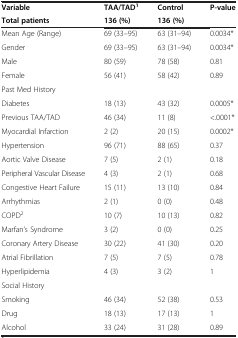
<table><thead><tr><td><b>Variable</b></td><td><b>TAA/TAD<sup>1</sup></b></td><td><b>Control</b></td><td><b>P-value</b></td></tr><tr><td><b>Total patients</b></td><td><b>136 (%)</b></td><td><b>136 (%)</b></td><td><b> </b></td></tr></thead><tbody><tr><td>Mean Age (Range)</td><td>69 (33–95)</td><td>63 (31–94)</td><td>0.0034*</td></tr><tr><td>Gender</td><td>69 (33–95)</td><td>63 (31–94)</td><td>0.0034*</td></tr><tr><td>Male</td><td>80 (59)</td><td>78 (58)</td><td>0.81</td></tr><tr><td>Female</td><td>56 (41)</td><td>58 (42)</td><td>0.89</td></tr><tr><td>Past Med History</td><td> </td><td> </td><td> </td></tr><tr><td>Diabetes</td><td>18 (13)</td><td>43 (32)</td><td>0.0005*</td></tr><tr><td>Previous TAA/TAD</td><td>46 (34)</td><td>11 (8)</td><td>&lt;.0001*</td></tr><tr><td>Myocardial Infarction</td><td>2 (2)</td><td>20 (15)</td><td>0.0002*</td></tr><tr><td>Hypertension</td><td>96 (71)</td><td>88 (65)</td><td>0.37</td></tr><tr><td>Aortic Valve Disease</td><td>7 (5)</td><td>2 (1)</td><td>0.18</td></tr><tr><td>Peripheral Vascular Disease</td><td>4 (3)</td><td>2 (1)</td><td>0.68</td></tr><tr><td>Congestive Heart Failure</td><td>15 (11)</td><td>13 (10)</td><td>0.84</td></tr><tr><td>Arrhythmias</td><td>2 (1)</td><td>0 (0)</td><td>0.48</td></tr><tr><td>COPD<sup>2</sup></td><td>10 (7)</td><td>10 (13)</td><td>0.82</td></tr><tr><td>Marfan’s Syndrome</td><td>3 (2)</td><td>0 (0)</td><td>0.25</td></tr><tr><td>Coronary Artery Disease</td><td>30 (22)</td><td>41 (30)</td><td>0.20</td></tr><tr><td>Atrial Fibrillation</td><td>7 (5)</td><td>7 (5)</td><td>0.78</td></tr><tr><td>Hyperlipidemia</td><td>4 (3)</td><td>3 (2)</td><td>1</td></tr><tr><td>Social History</td><td> </td><td> </td><td> </td></tr><tr><td>Smoking</td><td>46 (34)</td><td>52 (38)</td><td>0.53</td></tr><tr><td>Drug</td><td>18 (13)</td><td>17 (13)</td><td>1</td></tr><tr><td>Alcohol</td><td>33 (24)</td><td>31 (28)</td><td>0.89</td></tr></tbody></table>